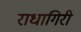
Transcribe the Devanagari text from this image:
राधागिरी